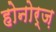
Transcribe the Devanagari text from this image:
होनोर्ज़